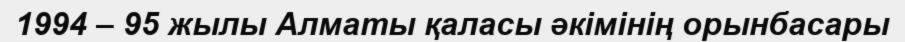
1994 – 95 жылы Алматы қаласы әкімінің орынбасары